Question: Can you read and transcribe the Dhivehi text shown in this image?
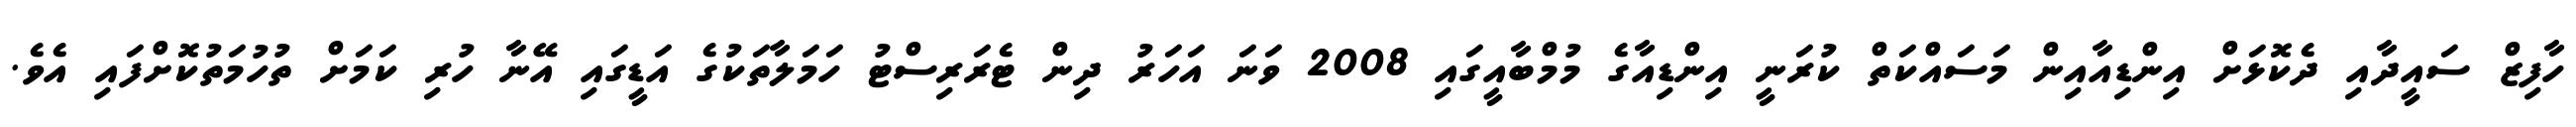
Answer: ހާފިޒް ސައީދާއި ދެކޮޅަށް އިންޑިއާއިން މަސައްކަތް ކުރަނީ އިންޑިއާގެ މުމްބާއީގައި 2008 ވަނަ އަހަރު ދިން ޓެރަރިސްޓު ހަމަލާތަކުގެ އަޑީގައި އޭނާ ހުރި ކަމަށް ތުހުމަތުކޮށްފައި އެވެ.